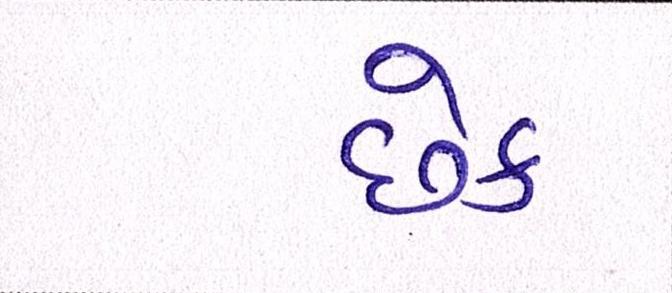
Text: છેક